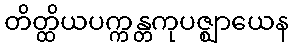
တိတ္ထိယပက္ကန္တကုပဇ္ဈာယေန